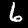
Label: 6